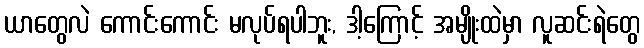
ယာတွေလဲ ကောင်းကောင်း မလုပ်ရပါဘူး, ဒါ့ကြောင့် အမျိုးထဲမှာ လူဆင်းရဲတွေ